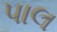
પાલ